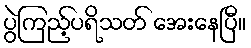
ပွဲကြည့်ပရိသတ် အေးနေပြီ။